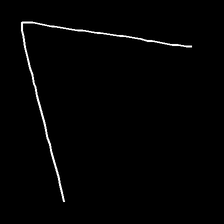
Glyph: region